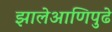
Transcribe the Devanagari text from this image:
झालेआणिपुढे